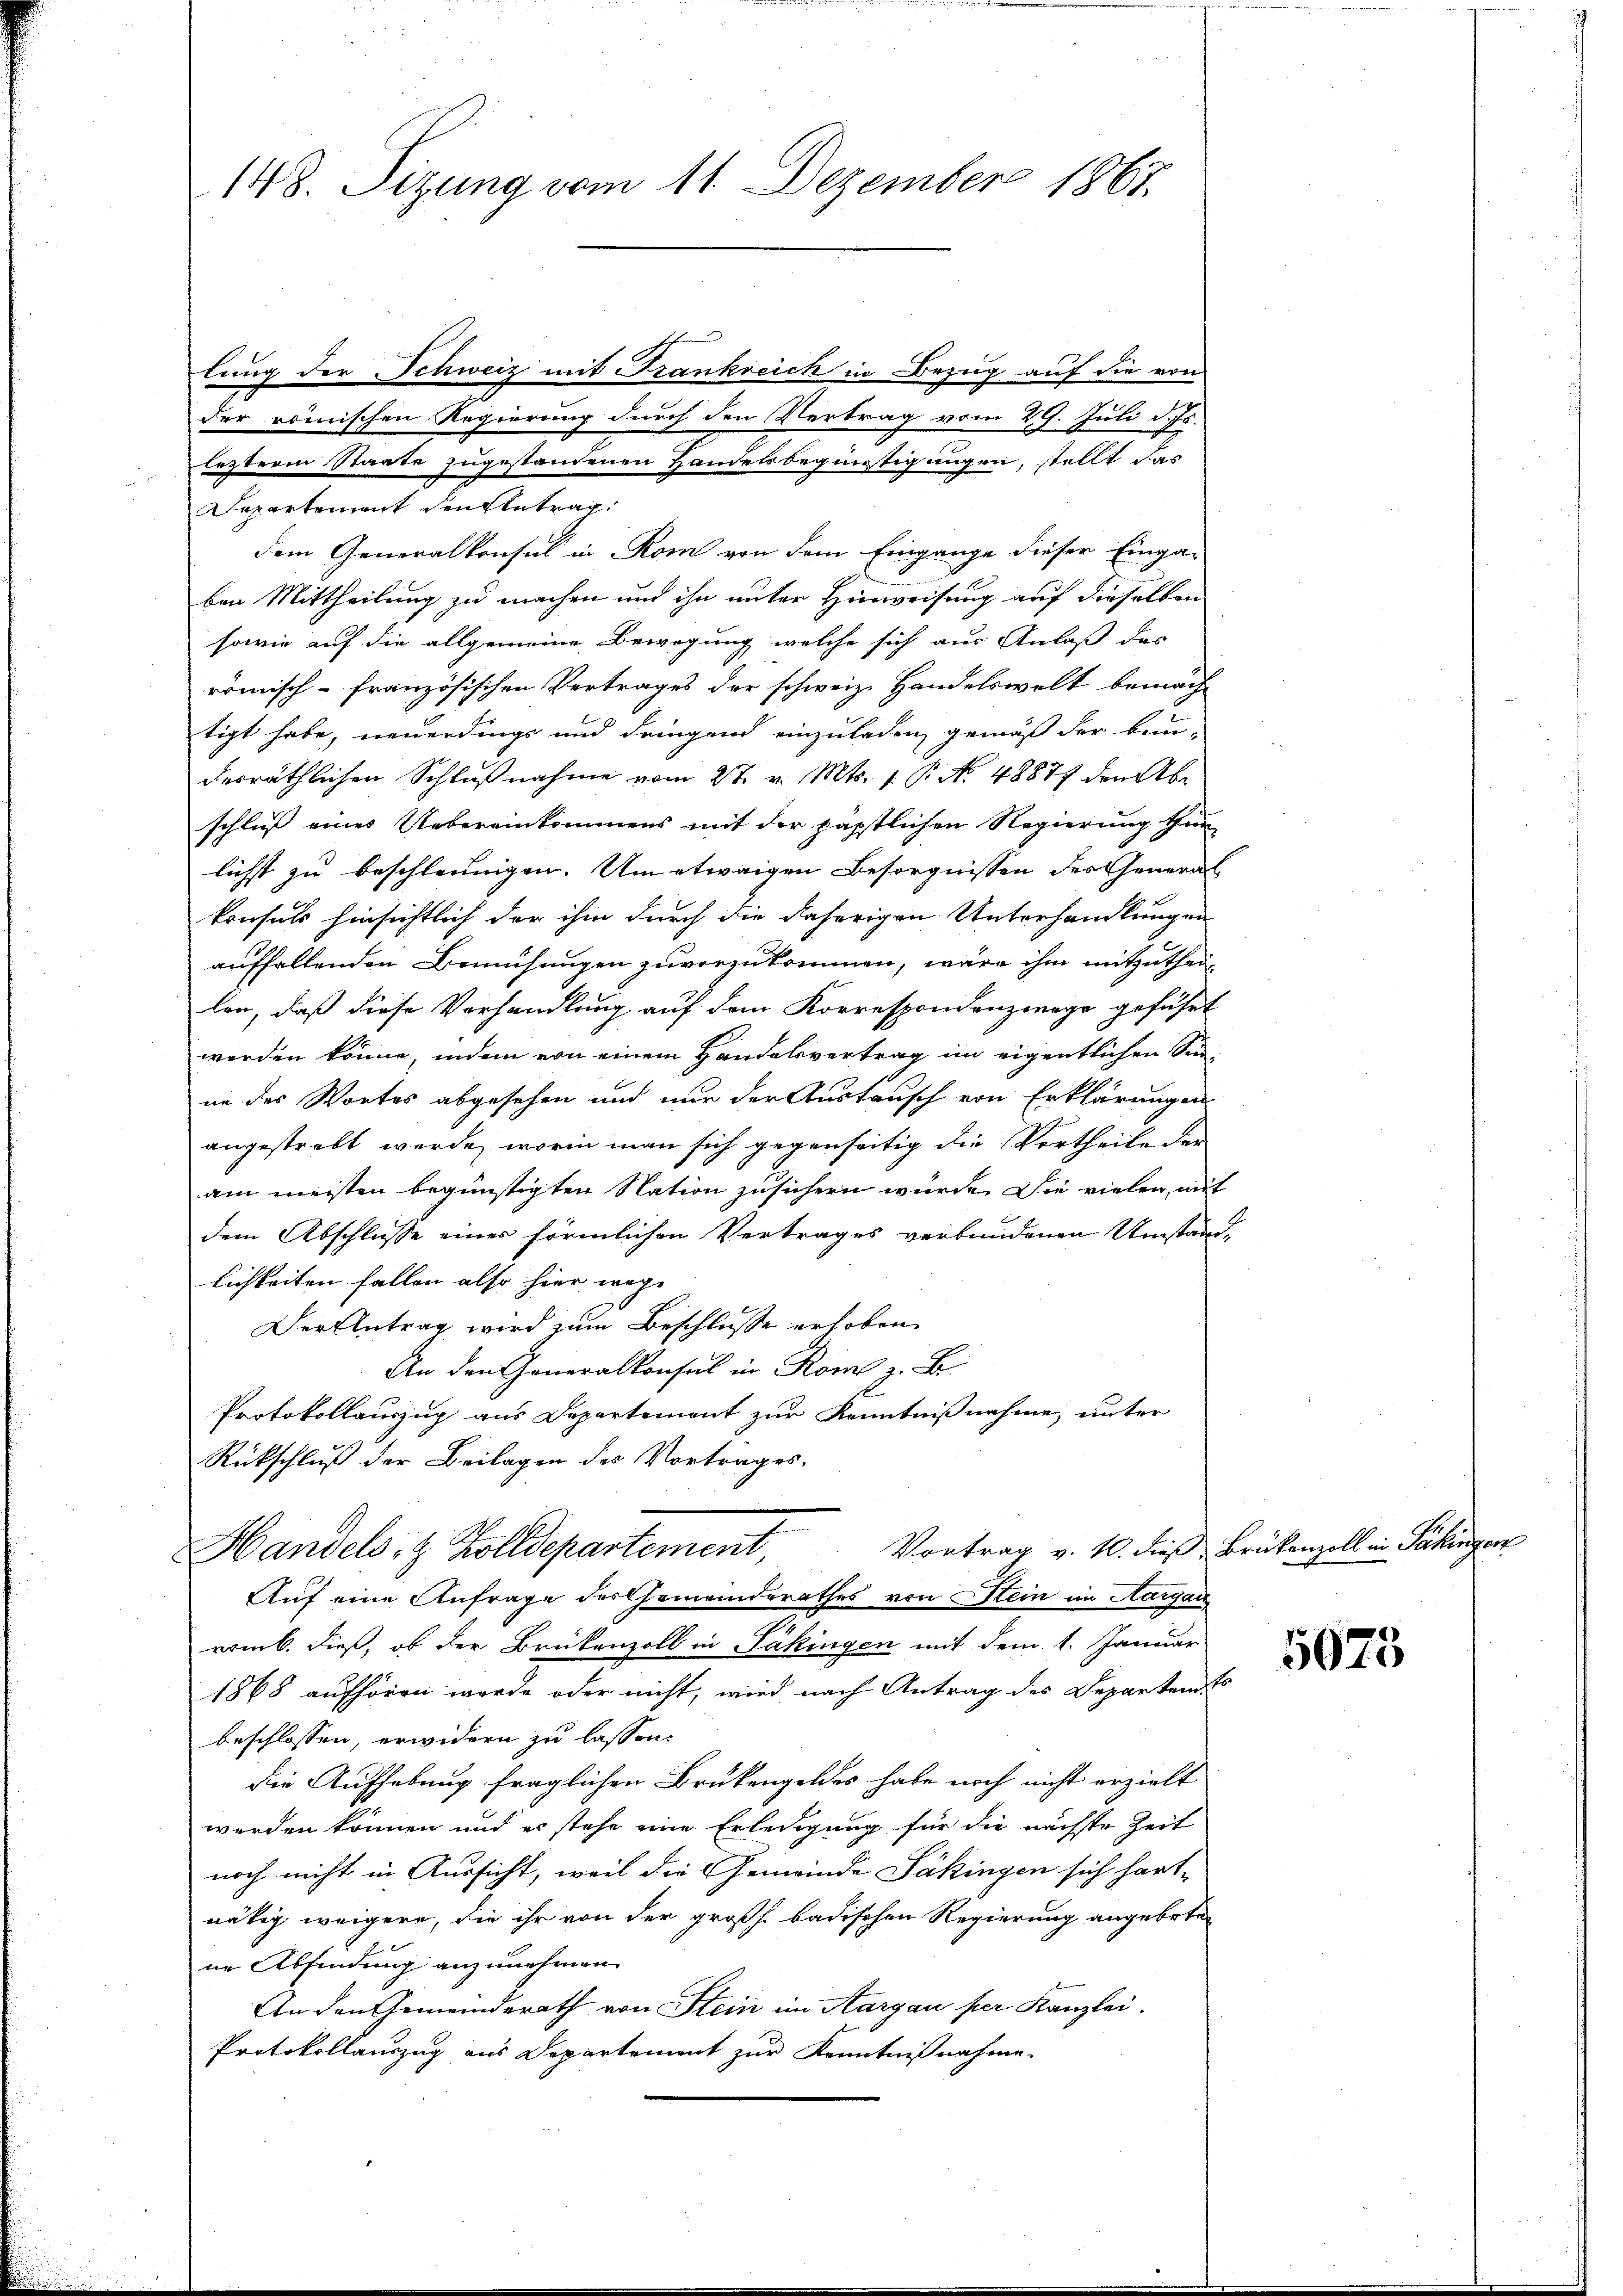
148. Sizung vom 11. Dezember 1867.

lung der Schweiz mit Frankreich in Bezug auf die von
der römischen Regierung durch den Vertrag vom 29. Juli d. Js.
leztere Staate zugestandenen Handelsbegünstigungen, stellt das
Departement den Antrag.
dem Generalkonsul in Rom von dem Eingange dieser Einga-
ben Mittheilung zu machen und ihn unter Hinweisung auf dieselben
sowie auf die allgemeine Bewegung welche sich aus Anlaß des
römisch-französischen Vertrages der schweiz. Handelswelt bemäch
tigt habe, neuerdings und dringend einzuladen, gemäß der bau-
derräthlichen Schlußnahme vom 27. v. Mts. 1. P. No 48877 den Abe
schluß eines Uebereinkommens mit der päpstlichen Regierung thun
lichst zu beschleunigen. Um etwaigen Besorgnissen der General-
konsuls hinsichtlich der ihm durch die daherigen Unterhandlungen
auffallenden Bemühungen zuvorzukommen, wäre ihm mitzutheilen, daß diese Verhandlung auf dem Korrespondenzwege geführt
werden könne, indem von einem Handelsvertrag im eigentlichen Sinnn des Wortes abgesehen und nur der Austausch von Erklärungen
angestrebt werde, worin man sich gegenseitig die Vertheile der
am meisten begünstigten Nation zusichern wurde. Die vielen, mit
dem Abschlusse einer förmlichen Vertrages verbundenen Umstand-
lichkeiten fallen also hier wege |
Der Antrag wird zum Beschlüsse erhoben
An den Generalkonsul in Rom z. B.
Protokollauszug aus Departement zur Kenntnißnahme, unter
Rückschluß der Beilagen des Vortrages:
Vortrag v. 10. dieß Brükenzoll in Päkingerz
Handels- & Zolldepartement
Auf eine Anfrage der Gemeinderathes von Stein im Aargau
romb. dieß, ob der Brükenzoll in Päkingen mit dem 1. Januar
1868 aufhören werde oder nicht, wird nach Antrag des Departends
beschlossen, erwidern zu lassen.
die Aufhebung fraglichen Brükengeldes habe noch nicht erzielt
werden können und es stehe eine Erledigung für die nächste Zeit
noch nicht in Aussicht, weil die Gemeinde Säkingen sich hart-
nätig weigere, die ihr von der großh. badischen Regierung angebote
ne Abfindung anzunehmen.
An den Gemeinderath von Stein im Aargau per Kanzlei.
Protokollauszug aus Departement zur Kenntnißnahme.

5075